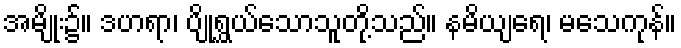
အမျိုး၌။ ဒဟရာ၊ ပျိုရွှယ်သောသူတို့သည်။ နမိယျရေ၊ မသေကုန်။